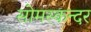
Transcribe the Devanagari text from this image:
सोमस्कन्दर